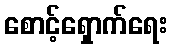
စောင့်ရှောက်ရေး